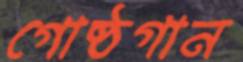
গোষ্ঠগান